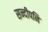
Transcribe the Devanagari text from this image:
सन्दीपनि